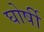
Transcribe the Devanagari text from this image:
घोर्षी